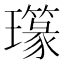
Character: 𤪪